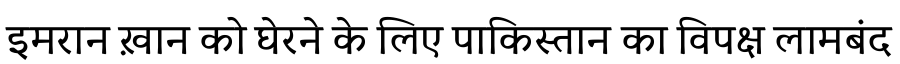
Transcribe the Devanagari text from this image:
इमरान ख़ान को घेरने के लिए पाकिस्तान का विपक्ष लामबंद